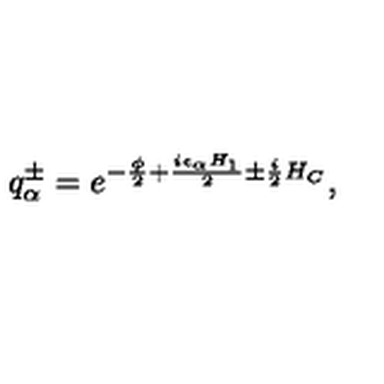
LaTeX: q _ { \alpha } ^ { \pm } = e ^ { - { \frac { \phi } { 2 } } + { \frac { i \epsilon _ { \alpha } H _ { 1 } } { 2 } } \pm { \frac { i } { 2 } } H _ { C } } ,